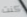
كنت